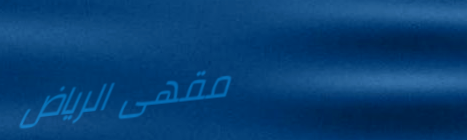
مقهى الرياض